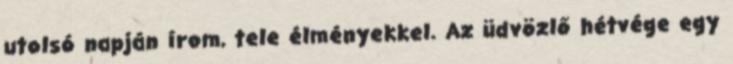
utolsó napján írom, tele élményekkel. Az üdvözlő hétvége egy